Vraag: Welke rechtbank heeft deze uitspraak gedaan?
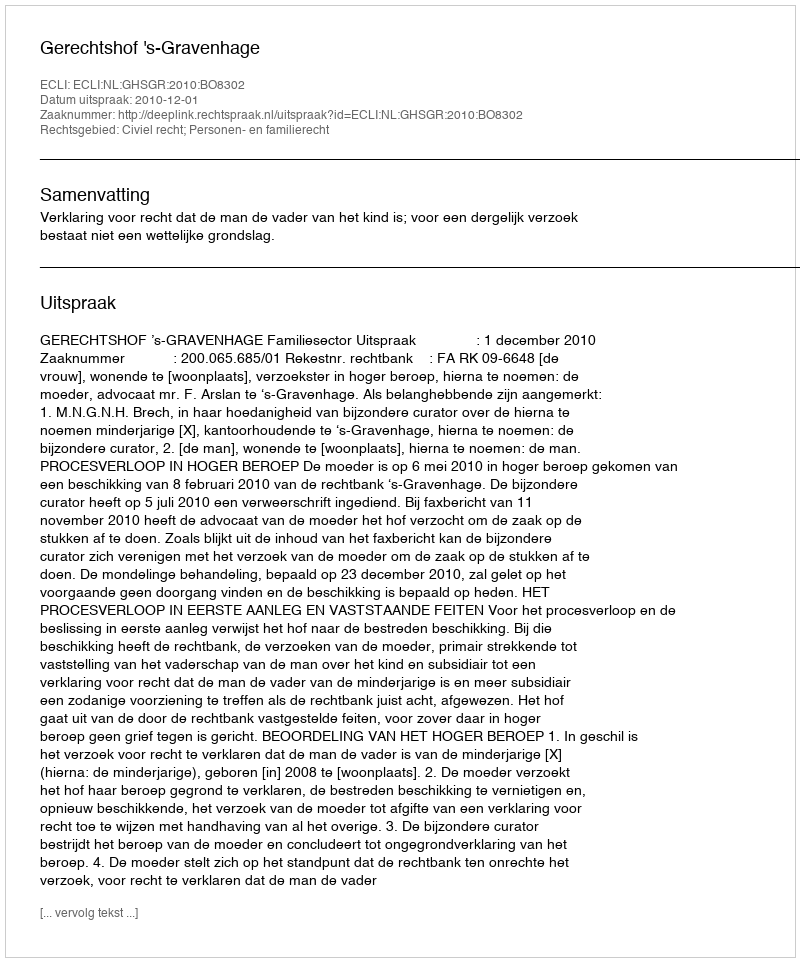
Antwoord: Gerechtshof 's-Gravenhage